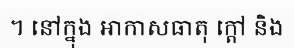
។ នៅក្នុង អាកាសធាតុ ក្តៅ និង